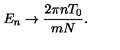
E _ { n } \rightarrow { \frac { 2 \pi n T _ { 0 } } { m N } } .